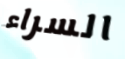
السراء